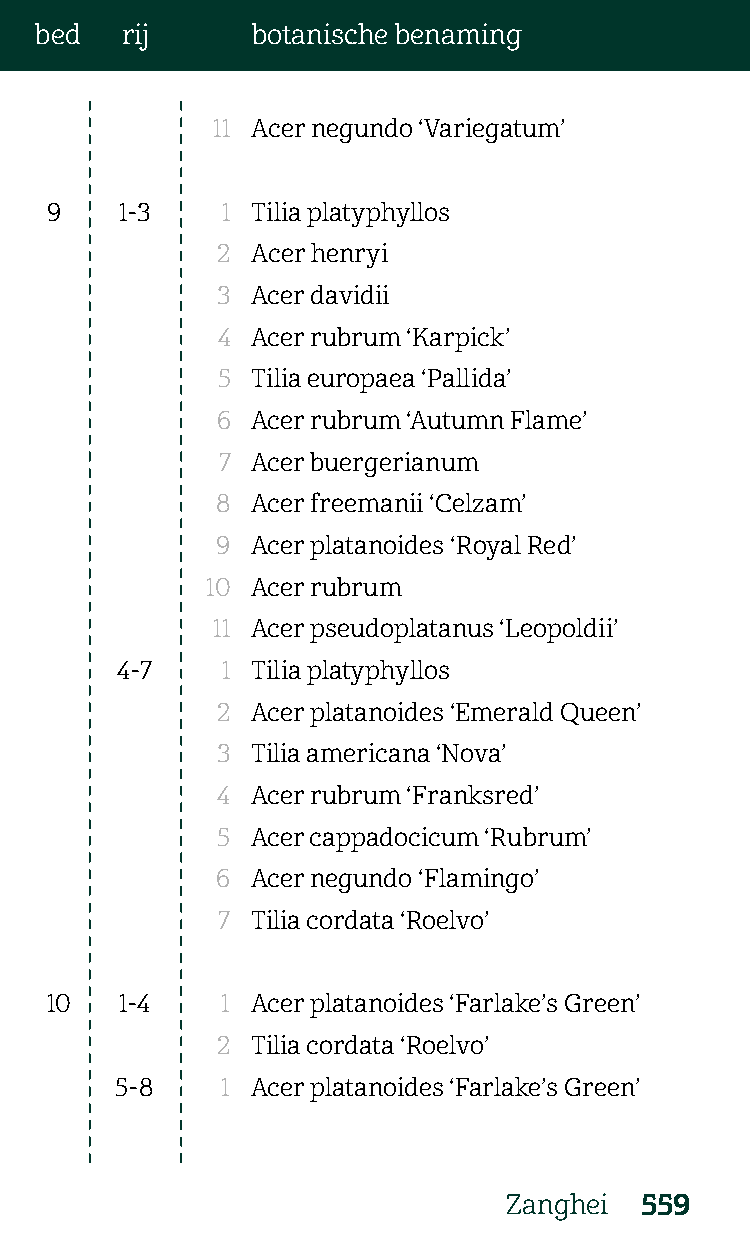
bed   rij      botanische benaming
 11 Acer negundo ‘Variegatum’
 9    1-3    1 Tilia platyphyllos
 2  Acer henryi
 3  Acer davidii
 4  Acer rubrum ‘Karpick’
 5  Tilia europaea ‘Pallida’
 6  Acer rubrum ‘Autumn Flame’
 7  Acer buergerianum
 8  Acer freemanii ‘Celzam’
 9  Acer platanoides ‘Royal Red’
 10 Acer rubrum
 11 Acer pseudoplatanus ‘Leopoldii’
 4-7    1 Tilia platyphyllos
 2  Acer platanoides ‘Emerald Queen’
 3  Tilia americana ‘Nova’
 4  Acer rubrum ‘Franksred’
 5  Acer cappadocicum ‘Rubrum’
 6  Acer negundo ‘Flamingo’
 7  Tilia cordata ‘Roelvo’
 10   1-4    1 Acer platanoides ‘Farlake’s Green’
 2  Tilia cordata ‘Roelvo’
 5-8    1 Acer platanoides ‘Farlake’s Green’
 Zanghei 559